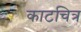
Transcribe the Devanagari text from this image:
काटचित्र